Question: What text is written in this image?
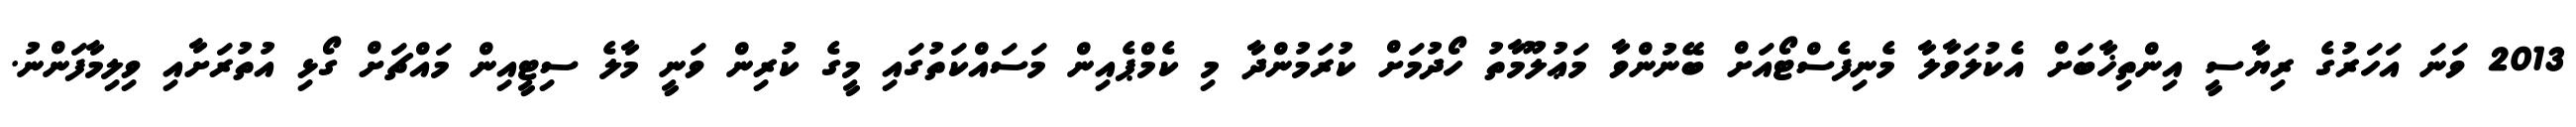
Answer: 2013 ވަނަ އަހަރުގެ ރިޔާސީ އިންތިޚާބަށް އެކުލަވާލާ މެނިފެސްޓޯއަށް ބޭނުންވާ މަޢުލޫމާތު ހޯދުމަށް ކުރަމުންދާ މި ކެމްޕެއިން މަސައްކަތުގައި މީގެ ކުރިން ވަނީ މާލެ ސިޓީއިން މައްޗަށް ގޯޅި އުތުރަށާއި ވިލިމާފަންނު.